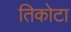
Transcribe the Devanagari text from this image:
तिकोटा